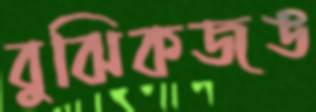
বুঝিকজঙ